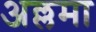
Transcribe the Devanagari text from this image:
अल्लमा